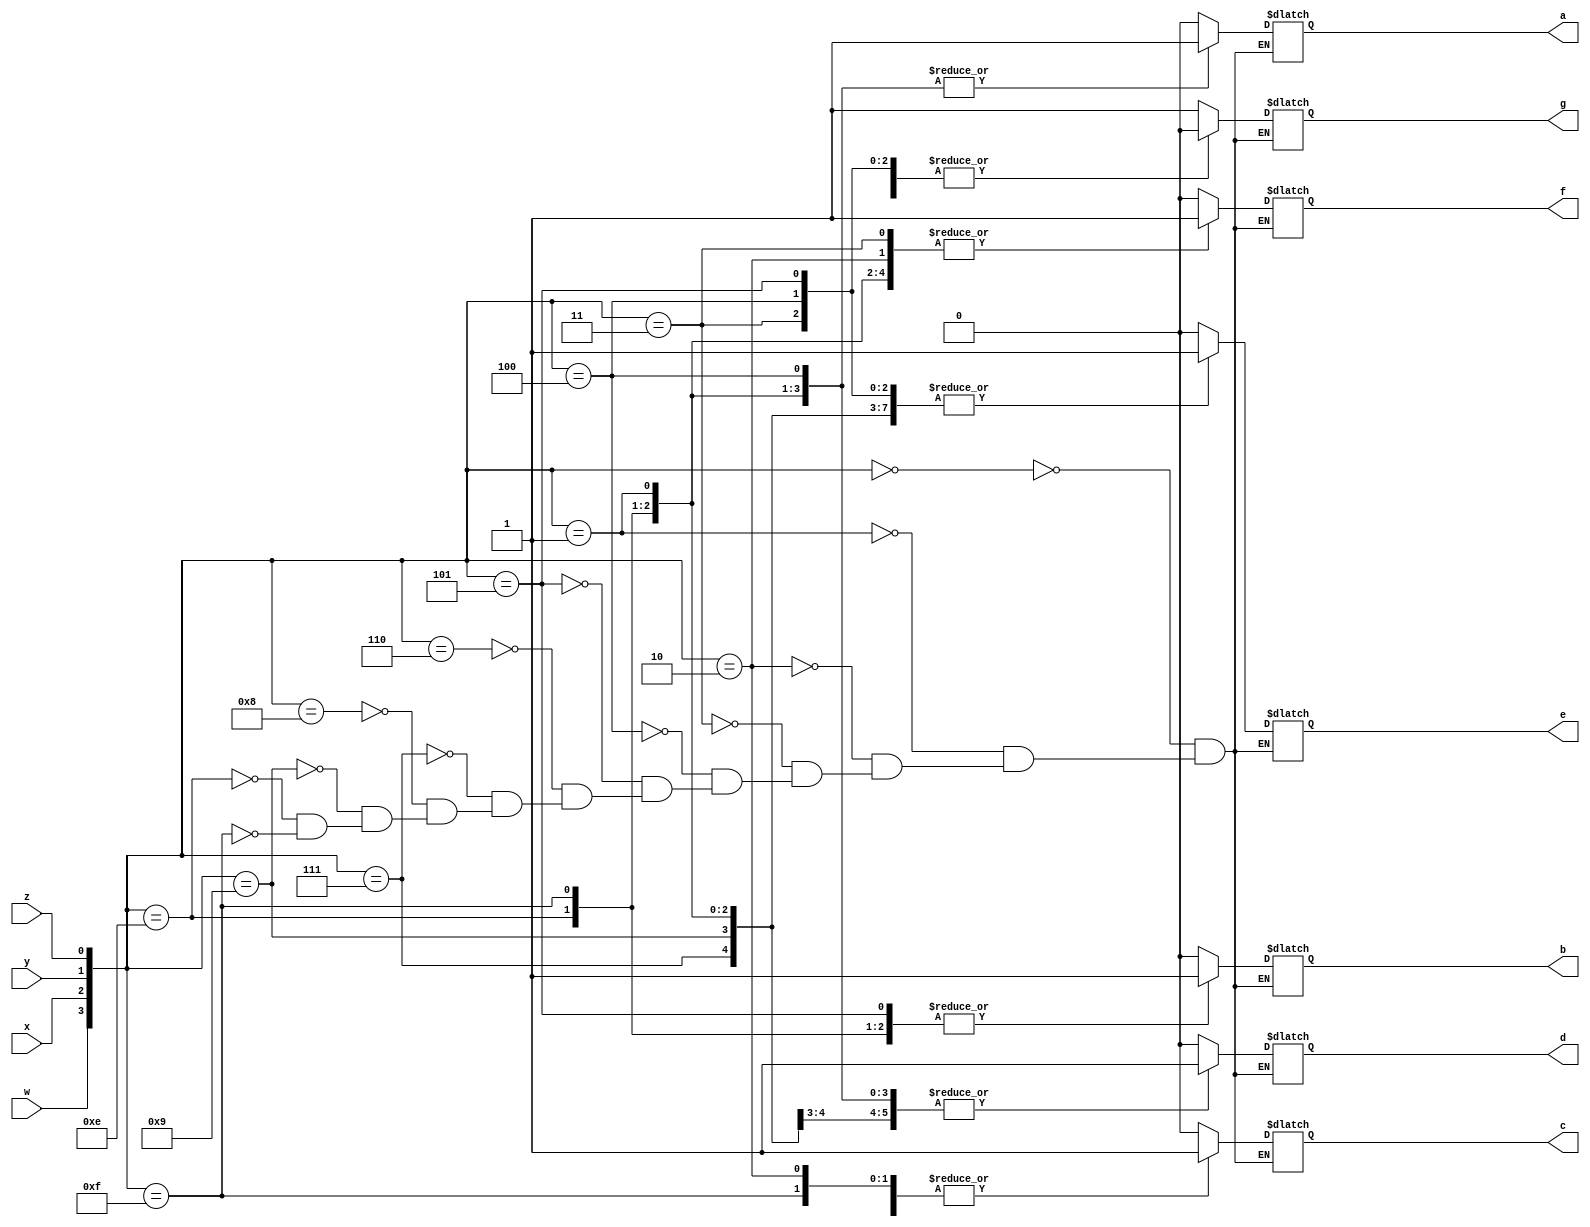
//Four-bit binary to seven-segment decoder. Active low output.
module SignMagnitude  
(
	input w,x,y,z,
	output reg a,b,c,d,e,f,g
);
	always @ (w,x,y,z) 
	 begin
		case ({w,x,y,z})
			4'b0000: {a,b,c,d,e,f,g} = 7'b0000001; //0
			4'b0001: {a,b,c,d,e,f,g} = 7'b1001111; //1
			4'b0010: {a,b,c,d,e,f,g} = 7'b0010010; //2
			4'b0011: {a,b,c,d,e,f,g} = 7'b0000110; //3
			4'b0100: {a,b,c,d,e,f,g} = 7'b1001100; //4
			4'b0101: {a,b,c,d,e,f,g} = 7'b0100100; //5
			4'b0110: {a,b,c,d,e,f,g} = 7'b0100000; //6
			4'b0111: {a,b,c,d,e,f,g} = 7'b0001111; //7
			4'b1000: {a,b,c,d,e,f,g} = 7'b0000000; //8
			4'b1001: {a,b,c,d,e,f,g} = 7'b0001100; //9
			4'b1110: {a,b,c,d,e,f,g} = 7'b1111111; //+
			4'b1111: {a,b,c,d,e,f,g} = 7'b1111110; //-
		endcase
	 end
endmodule